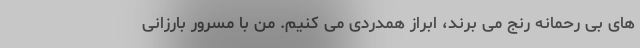
های بی رحمانه رنج می برند، ابراز همدردی می کنیم. من با مسرور بارزانی